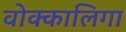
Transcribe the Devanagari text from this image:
वोक्कालिगा